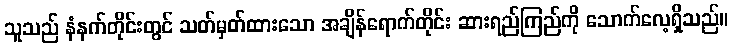
သူသည် နံနက်တိုင်းတွင် သတ်မှတ်ထားသော အချိန်ရောက်တိုင်း ဆားရည်ကြည်ကို သောက်လေ့ရှိသည်။